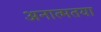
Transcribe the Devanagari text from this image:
अनात्मतया